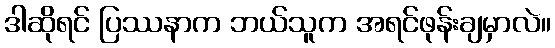
ဒါဆိုရင် ပြဿနာက ဘယ်သူက အရင်ဖုန်းချမှာလဲ။